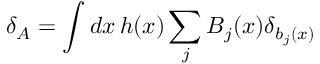
\delta _ { A } = \int d x \, h ( x ) \sum _ { j } B _ { j } ( x ) \delta _ { b _ { j } ( x ) }